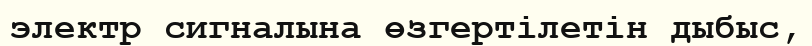
электр сигналына өзгертілетін дыбыс,